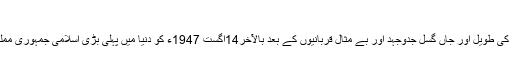
آزادی کے 76سال اور ہم
آج کی نئی نسلوں کو یہ بتانا بہت ضروری ہے کہ برصغیر کے مسلمانوں کی طویل اور جاں گسل جدوجہد اور بے مثال قربانیوں کے بعد بالآخر14اگست 1947ء کو دنیا میں پہلی بڑی اسلامی جمہوری مملکت پاکستان کا قیام معجزہ خداوندی کے مظہر کے طور پر ظہور میں آیا۔